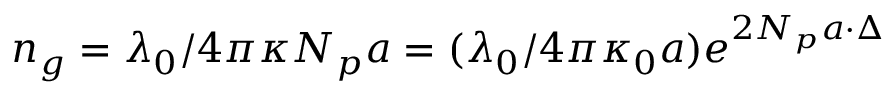
n _ { g } = { \lambda _ { 0 } } / { 4 \pi \kappa N _ { p } a } = { ( \lambda _ { 0 } / { 4 \pi \kappa _ { 0 } a } ) e ^ { 2 N _ { p } a \cdot \Delta } }